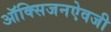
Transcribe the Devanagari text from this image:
ऑक्सिजनऐवजी